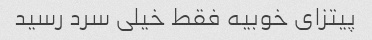
پیتزای خوبیه فقط خیلی سرد رسید